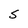
Character: S